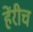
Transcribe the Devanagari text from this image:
हेंरीच